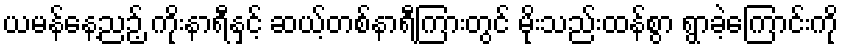
ယမန်နေ့ညဉ့် ကိုးနာရီနှင့် ဆယ့်တစ်နာရီကြားတွင် မိုးသည်းထန်စွာ ရွာခဲ့ကြောင်းကို